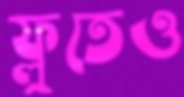
ফ্লুতেও